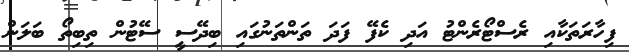
ފިހާރަތަކާއި ރެސްޓޯރެންޓު އަދި ކެފޭ ފަދަ ތަންތަނުގައި ބިދޭސީ ސޭޓުން ތިބިތޯ ބަލަން